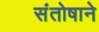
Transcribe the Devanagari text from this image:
संतोषाने